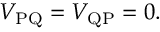
V _ { \mathrm { P Q } } = V _ { \mathrm { Q P } } = 0 .